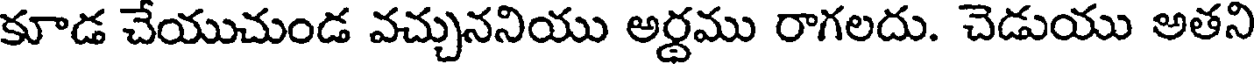
కూడ చేయుచుండ వచ్చుననియు అర్థము రాగలదు. చెడుయు అతని